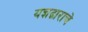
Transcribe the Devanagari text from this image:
यज्ञद्वाराचे